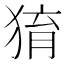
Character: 𤟂